Annual administration report of the Civil Veterinary Department of India - 1897-1898
Year: 1897
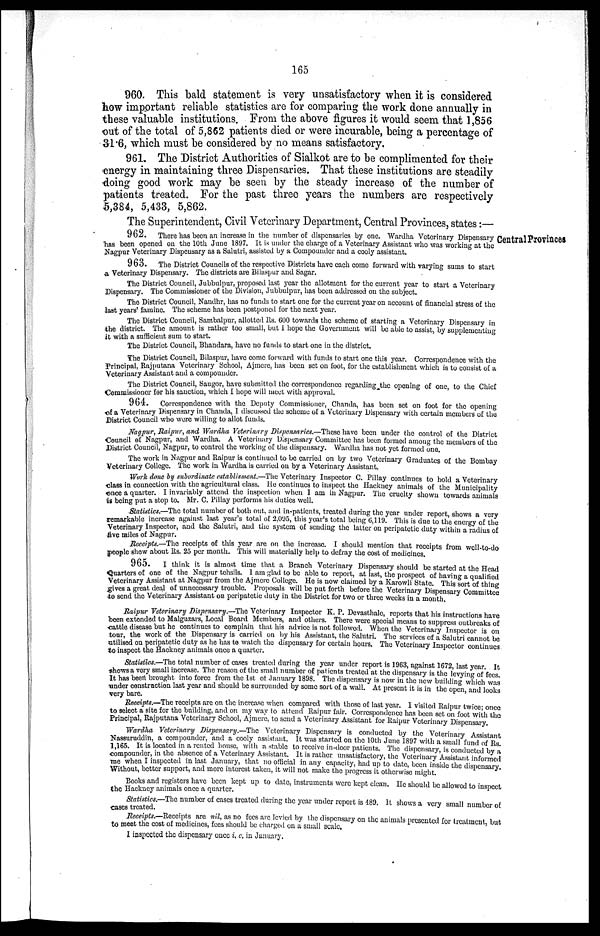
165
960. This bald statement is very unsatisfactory when it is considered
how important reliable statistics are for comparing the work done annually in
these valuable institutions. From the above figures it would seem that 1,856
out of the total of 5,862 patients died or were incurable, being a percentage of
31.6, which must be considered by no means satisfactory.
961. The District Authorities of Sialkot are to be complimented for their
energy in maintaining three Dispensaries. That these institutions are steadily
doing good work may be seen by the steady increase of the number of
patients treated. For the past three years the numbers are respectively
5,384, 5,433, 5,862.
The Superintendent, Civil Veterinary Department, Central Provinces, states:—
Central Provinces
962.
There has been an increase in the number of dispensaries by one. Wardha Veterinary Dispensary
has been opened on the 10th June 1897. It is under the charge of a Veterinary Assistant who was working at the
Nagpur Veterinary Dispensary as a Salutri, assisted by a Compounder and a cooly assistant.
963.
The District Councils of the respective Districts have each come forward with varying sums to start
a Veterinary Dispensary. The districts are Bilaspur and Sagar.
The District Council, Jubbulpur, proposed last year the allotment for the current year to start a Veterinary
Dispensary. The Commissioner of the Division, Jubbulpur, has been addressed on the subject.
The District Council, Nandhr, has no funds to start one for the current year on account of financial stress of the
last years' famine. The scheme has been postponed for the next year.
The District Council, Sambalpur, allotted Rs. 600 towards the scheme of starting a Veterinary Dispensary in
the district. The amount is rather too small, but I hope the Government will be able to assist, by supplementing
it with a sufficient sum to start.
The District Council, Bhandara, have no funds to start one in the district.
The District Council, Bilaspur, have come forward with funds to start one this year. Correspondence with the
Principal, Rajputana Veterinary School, Ajmere, has been set on foot, for the establishment which is to consist of a
Veterinary Assistant and a compounder.
The District Council, Saugor, have submitted the correspondence regarding the opening of one, to the Chief
Commissioner for his sanction, which I hope will meet with approval.
964.
Correspondence with the Deputy Commissioner, Chanda, has been set on foot for the opening
of a Veterinary Dispensary in Chanda, I discussed the scheme of a Veterinary Dispensary with certain members of the
District Council who were willing to allot funds.
Nagpur, Raipur, and Wardha Veterinary Dispensaries.—These have been under the control of the District
Council of Nagpur, and Wardha. A Veterinary Dispensary Committee has been formed among the members of the
District Council, Nagpur, to control the working of the dispensary. Wardha has not yet formed one.
The work in Nagpur and Raipur is continued to be carried on by two Veterinary Graduates of the Bombay
Veterinary College. The work in Wardha is carried on by a Veterinary Assistant.
Work done by subordinate establisment.—The Veterinary Inspector C. Pillay continues to hold a Veterinary
class in connection with the agricultural class. He continues to inspect the Hackney animals of the Municipality
once a quarter. I invariably attend the inspection when I am in Nagpur. The cruelty shown towards animals
is being put a stop to Mr. C. Pillay performs his duties well.
Statistics.—The total number of both out, and in-patients, treated during the year under report shows a very
remarkable increase against last year's total of 2,095, this year's total being 6,119. This is due to the energy of the
Veterinary Inspector, and the Salutri, and the system of sending the latter on peripatetic duty within a radius of
five miles of Nagpur.
Receipts.—The receipts of this year are on the increase. I should mention that receipts from well to do
people show about Rs. 25 per month. This will materially help to defray the cost of medicines.
965.
I think it is almost time that a Branch Veterinary Dispensary should be started at the Head
Quarters of one of the Nagpur tensils. I am glad to be able to report, at last, the prospect of having a qualified
Veterinary Assistant at Nagpur from the Ajmere College. He is now claimed by a Karowli State. This sort of thing
gives a great deal of unnecessary trouble. Proposals will be put forth before the Veterinary Dispensary Committee
to 6cnd the Veterinary Assistant on peripatetic duty in the District for two or three weeks in a month.
Raipur Veterinary Dispensary.-The Veterinary Inspector K. P. Devasthale, reports that his instructions have
been extended to Malguzars, Local Board Members, and others. There were special means to suppress outbreaks of
cattle disease but he continues to complain that his advice is not followed. When the Veterinary Inspector is on
tour, the work of the Dispensary is carried on by his Assistant, the Salutri. The services of a Salutri cannot be
utilised on peripatetic duty as he has to watch the dispensary for certain hours. The Veterinary Inspector continues
to inspect the Hackney animals once a quarter.
Statistics.—The total number of cases treated during the year under report is 1963, against 1672, last year. It
shows a very small increase. The reason of the small number of patients treated at the dispensary is the levying of fees.
It has been brought into force from the 1st of January 1898. The dispensary is now in the new building which was
under construction last year and should be surrounded by some sort of a wall. At present it is in the open, and looks
Receipts.-The receipts are on the increase when compared with those of last year. I visited Raipur twice; once
to select a site for the building, and on my way to attend Raipur fair. Correspondence has been set on foot with the
Principal, Rajputana Veterinary School, Ajmere, to send a Veterinary Assistant for Raipur Veterinary Dispensary.
Wardha Veterinary Dispensary.-The
Veterinary Dispensary is conducted by the Veterinary Assistant
Nassuruddin, a compounder, and a cooly assistant. It was started on the 10th June 1897 with a small fund of Rs.
1,165. It is located in a rented house, with a stable to receive in-door patients. The dispensary, is conducted by a
compounder, in the absence of a Veterinary Assistant. It is rather unsatisfactory, the Veterinary Assistant informed
me when I inspected in last January, that no official in any capacity, had up to date, been inside the dispensary.
Without, better support, and more interest taken, it will not make the progress it
otherwise
might.
Books and registers have been kept up to date, instruments were kept clean. He should be allowed to inspect.
the Hackney animals once a quarter.
Statistics.—The number of cases treated during the year under report is 489. It shows a very small number of
cases treated.
Receipts.—Receipts are nil, as no fees are levied by the dispensary on the animals presented for treatment, but
to meet the cost of medicines, fees should be charged on a small
scale.
I inspected the dispensary once i. c. in January.